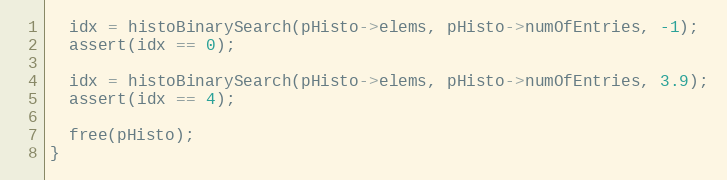
Language: C++
  idx = histoBinarySearch(pHisto->elems, pHisto->numOfEntries, -1);
  assert(idx == 0);

  idx = histoBinarySearch(pHisto->elems, pHisto->numOfEntries, 3.9);
  assert(idx == 4);

  free(pHisto);
}